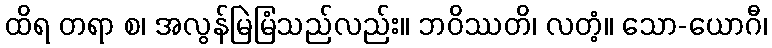
ထိရ တရာ စ၊ အလွန်မြဲမြံသည်လည်း။ ဘဝိဿတိ၊ လတံ့။ သော-ယောဂီ၊